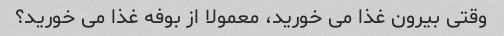
وقتی بیرون غذا می خورید، معمولا از بوفه غذا می خورید؟